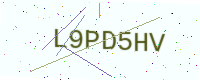
Text: L9PD5HV